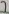
Text: 7